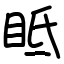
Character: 眡